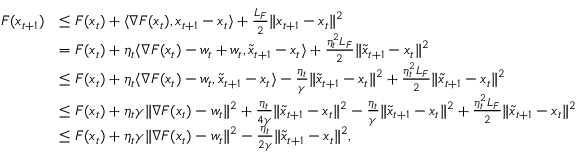
\begin{array} { r l } { F ( x _ { t + 1 } ) } & { \leq F ( x _ { t } ) + \langle \nabla F ( x _ { t } ) , x _ { t + 1 } - x _ { t } \rangle + \frac { L _ { F } } { 2 } \| x _ { t + 1 } - x _ { t } \| ^ { 2 } } \\ & { = F ( x _ { t } ) + \eta _ { t } \langle \nabla F ( x _ { t } ) - w _ { t } + w _ { t } , \tilde { x } _ { t + 1 } - x _ { t } \rangle + \frac { \eta _ { t } ^ { 2 } L _ { F } } { 2 } \| \tilde { x } _ { t + 1 } - x _ { t } \| ^ { 2 } } \\ & { \leq F ( x _ { t } ) + \eta _ { t } \langle \nabla F ( x _ { t } ) - w _ { t } , \tilde { x } _ { t + 1 } - x _ { t } \rangle - \frac { \eta _ { t } } { \gamma } \| \tilde { x } _ { t + 1 } - x _ { t } \| ^ { 2 } + \frac { \eta _ { t } ^ { 2 } L _ { F } } { 2 } \| \tilde { x } _ { t + 1 } - x _ { t } \| ^ { 2 } } \\ & { \leq F ( x _ { t } ) + \eta _ { t } \gamma \| \nabla F ( x _ { t } ) - w _ { t } \| ^ { 2 } + \frac { \eta _ { t } } { 4 \gamma } \| \tilde { x } _ { t + 1 } - x _ { t } \| ^ { 2 } - \frac { \eta _ { t } } { \gamma } \| \tilde { x } _ { t + 1 } - x _ { t } \| ^ { 2 } + \frac { \eta _ { t } ^ { 2 } L _ { F } } { 2 } \| \tilde { x } _ { t + 1 } - x _ { t } \| ^ { 2 } } \\ & { \leq F ( x _ { t } ) + \eta _ { t } \gamma \| \nabla F ( x _ { t } ) - w _ { t } \| ^ { 2 } - \frac { \eta _ { t } } { 2 \gamma } \| \tilde { x } _ { t + 1 } - x _ { t } \| ^ { 2 } , } \end{array}